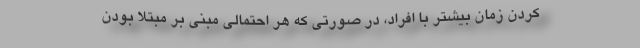
کردن زمان بیشتر با افراد، در صورتی که هر احتمالی مبنی بر مبتلا بودن